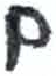
אות: ם